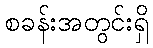
စခန်းအတွင်းရှိ